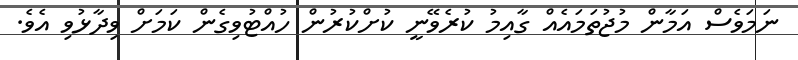
ނަމަވެސް އަމާން މުޖުތަމައެއް ގާއިމު ކުރެވޭނީ ކުށްކުރުން ހުއްޓުވިގެން ކަމަށް ވިދާޅުވި އެވެ.